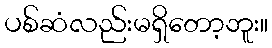
ပစ်ဆံလည်းမရှိတော့ဘူး။